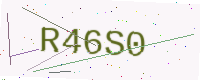
Text: R46S0